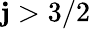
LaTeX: \mathbf{j}>3/2